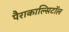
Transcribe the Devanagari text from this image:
पैराकाल्सिटॉल